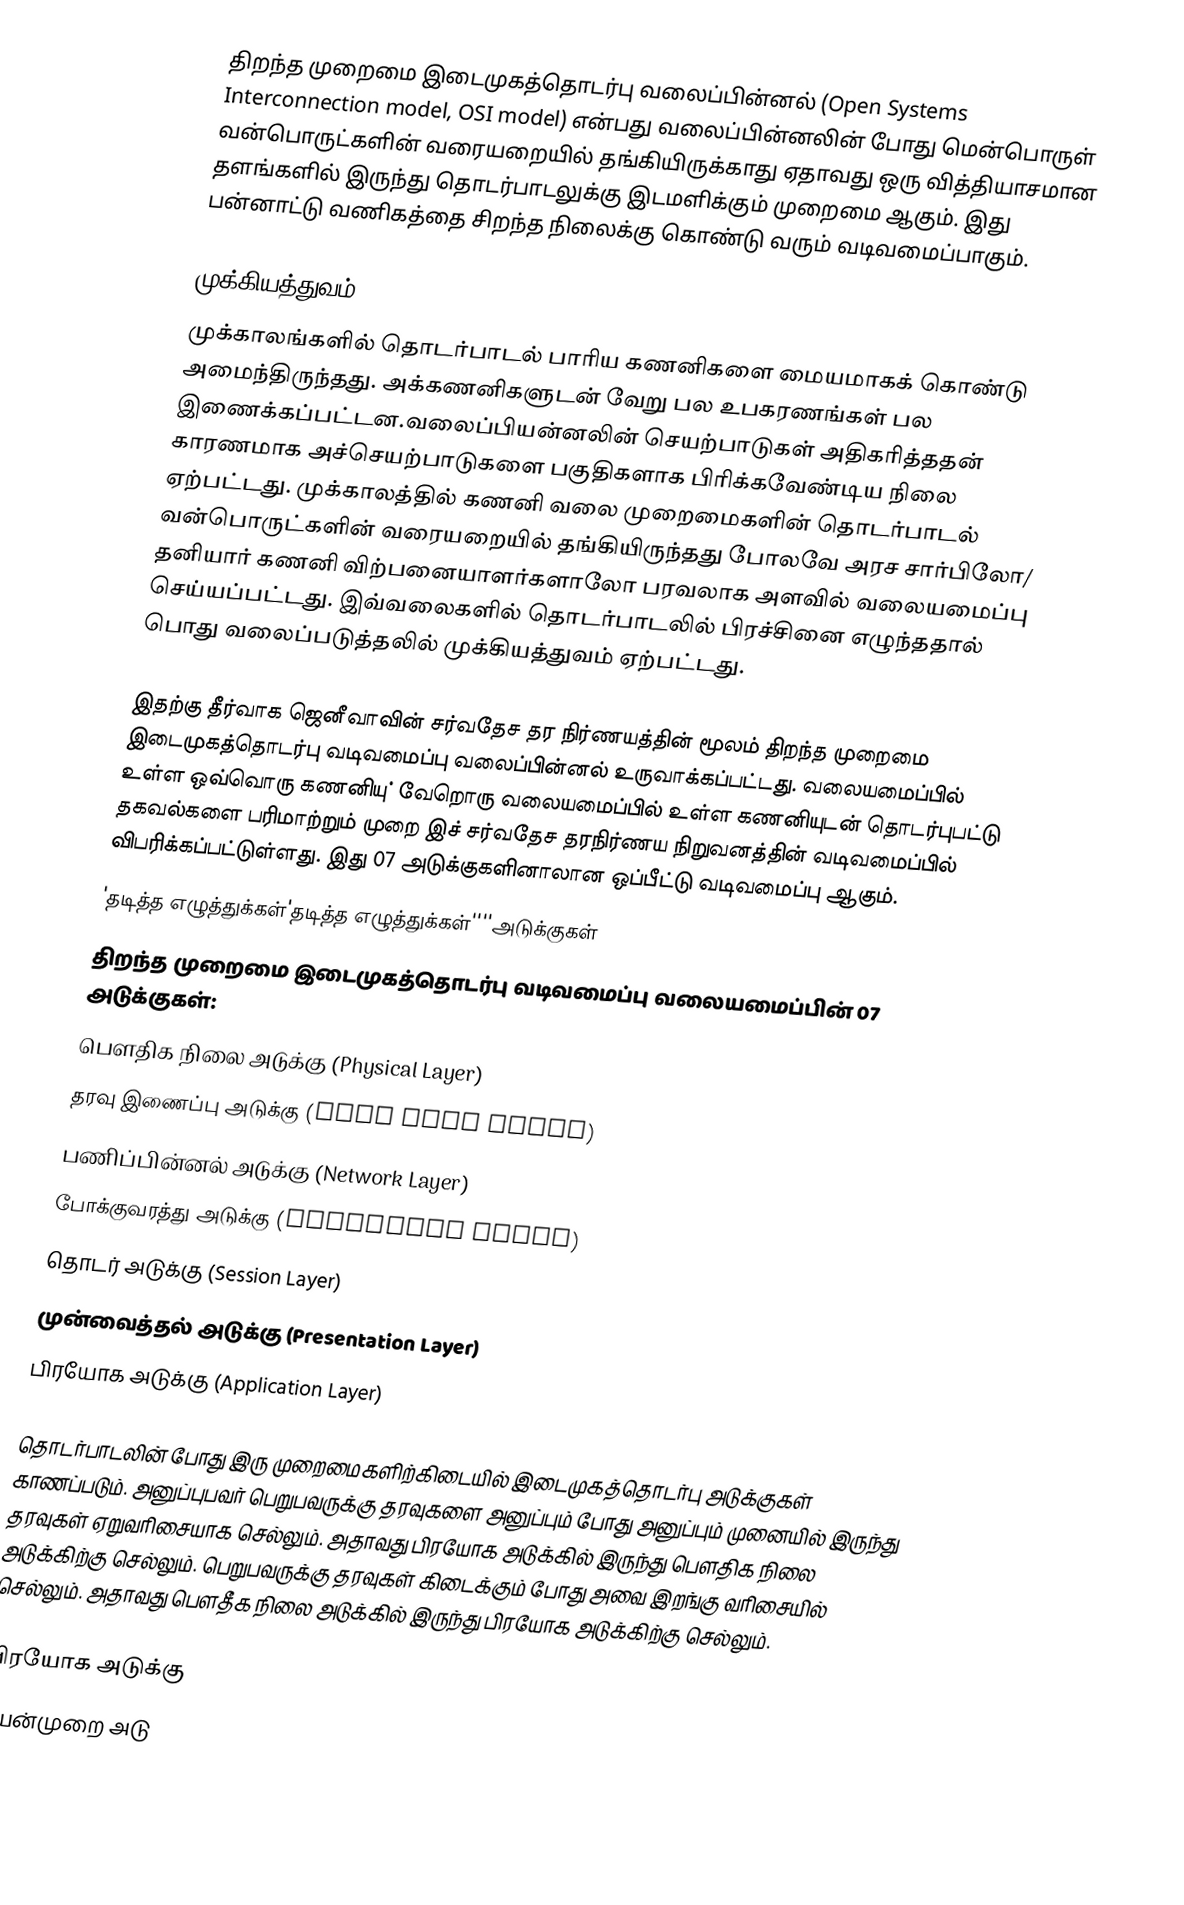
திறந்த முறைமை இடைமுகத்தொடர்பு வலைப்பின்னல் (Open Systems Interconnection model, OSI model) என்பது வலைப்பின்னலின் போது மென்பொருள் வன்பொருட்களின் வரையறையில் தங்கியிருக்காது ஏதாவது ஒரு வித்தியாசமான தளங்களில் இருந்து தொடர்பாடலுக்கு இடமளிக்கும் முறைமை ஆகும். இது பன்னாட்டு வணிகத்தை சிறந்த நிலைக்கு கொண்டு வரும் வடிவமைப்பாகும்.

முக்கியத்துவம்
முக்காலங்களில் தொடர்பாடல் பாரிய கணனிகளை மையமாகக் கொண்டு அமைந்திருந்தது. அக்கணனிகளுடன் வேறு பல உபகரணங்கள் பல இணைக்கப்பட்டன.வலைப்பியன்னலின் செயற்பாடுகள் அதிகரித்ததன் காரணமாக அச்செயற்பாடுகளை பகுதிகளாக பிரிக்கவேண்டிய நிலை ஏற்பட்டது. முக்காலத்தில் கணனி வலை முறைமைகளின் தொடர்பாடல் வன்பொருட்களின் வரையறையில் தங்கியிருந்தது போலவே அரச சார்பிலோ/ தனியார் கணனி விற்பனையாளர்களாலோ பரவலாக அளவில் வலையமைப்பு செய்யப்பட்டது. இவ்வலைகளில் தொடர்பாடலில் பிரச்சினை எழுந்ததால் பாெது வலைப்படுத்தலில் முக்கியத்துவம் ஏற்பட்டது.

இதற்கு தீர்வாக ஜெனீவாவின் சர்வதேச தர நிர்ணயத்தின் மூலம் திறந்த முறைமை இடைமுகத்தொடர்பு வடிவமைப்பு வலைப்பின்னல் உருவாக்கப்பட்டது. வலையமைப்பில் உள்ள ஒவ்வொரு கணனியு் வேறொரு வலையமைப்பில் உள்ள கணனியுடன் தொடர்புபட்டு தகவல்களை பரிமாற்றும் முறை இச் சர்வதேச தரநிர்ணய நிறுவனத்தின் வடிவமைப்பில் விபரிக்கப்பட்டுள்ளது. இது 07 அடுக்குகளினாலான ஒப்பீட்டு வடிவமைப்பு ஆகும்.
'தடித்த எழுத்துக்கள்'தடித்த எழுத்துக்கள்''''அடுக்குகள்
திறந்த முறைமை இடைமுகத்தொடர்பு வடிவமைப்பு வலையமைப்பின் 07 அடுக்குகள்:
 பெளதிக நிலை அடுக்கு (Physical Layer)
 தரவு இணைப்பு அடுக்கு (Data link Layer)
 பணிப்பின்னல் அடுக்கு (Network Layer)
 போக்குவரத்து அடுக்கு (Transport Layer)
 தொடர் அடுக்கு (Session Layer)
 முன்வைத்தல் அடுக்கு (Presentation Layer)
 பிரயோக அடுக்கு (Application Layer)

தொடர்பாடலின் போது இரு முறைமைகளிற்கிடையில் இடைமுகத்தொடர்பு அடுக்குகள் காணப்படும். அனுப்புபவர் பெறுபவருக்கு தரவுகளை அனுப்பும் போது அனுப்பும் முனையில் இருந்து தரவுகள் ஏறுவரிசையாக செல்லும். அதாவது பிரயோக அடுக்கில் இருந்து பெளதிக நிலை அடுக்கிற்கு செல்லும். பெறுபவருக்கு தரவுகள் கிடைக்கும் போது அவை இறங்கு வரிசையில் செல்லும். அதாவது பெளதீக நிலை அடுக்கில் இருந்து பிரயோக அடுக்கிற்கு செல்லும்.

பிரயோக அடுக்கு
பயன்முறை அடு